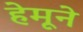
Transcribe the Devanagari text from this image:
हेमूने